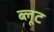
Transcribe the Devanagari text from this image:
ब्लूट